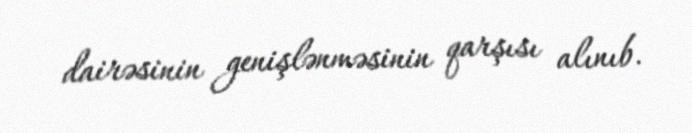
dairəsinin genişlənməsinin qarşısı alınıb.